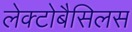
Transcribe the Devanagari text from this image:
लेक्टोबैसिलस